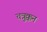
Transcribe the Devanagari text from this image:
चत्रुक्कन